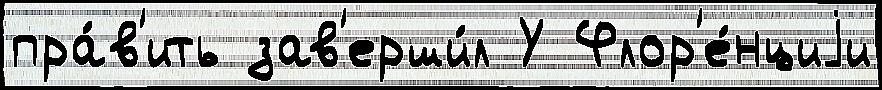
пра́в'ить зав'ерши́л У Флор'е́нциjи